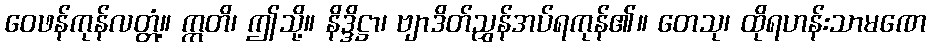
ဝေဖန်ကုန်လတ္တံ့။ ဣတိ၊ ဤသို့။ နိဒ္ဒိဋ္ဌာ၊ ဗျာဒိတ်ညွှန်အပ်ရကုန်၏။ တေသု၊ ထိုရဟန်းသာမဏေ